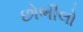
છોભીલો